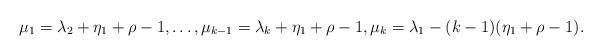
LaTeX: \begin{align*} \mu_1 = \lambda_2 + \eta_1 + \rho-1 , \ldots, \mu_{k-1} = \lambda_k + \eta_1 + \rho-1 , \mu_k = \lambda_1 - (k-1) ( \eta_1 + \rho-1) . \end{align*}